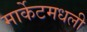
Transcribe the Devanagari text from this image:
मार्केटमधली